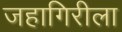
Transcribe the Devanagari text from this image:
जहागिरीला